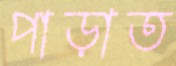
পাড়াত